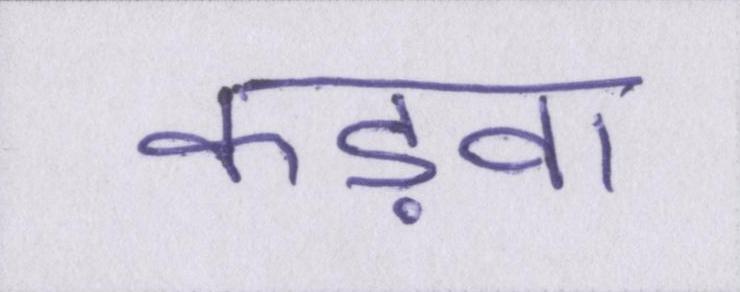
कड़वा